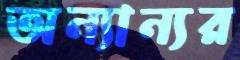
অন্যান্যর